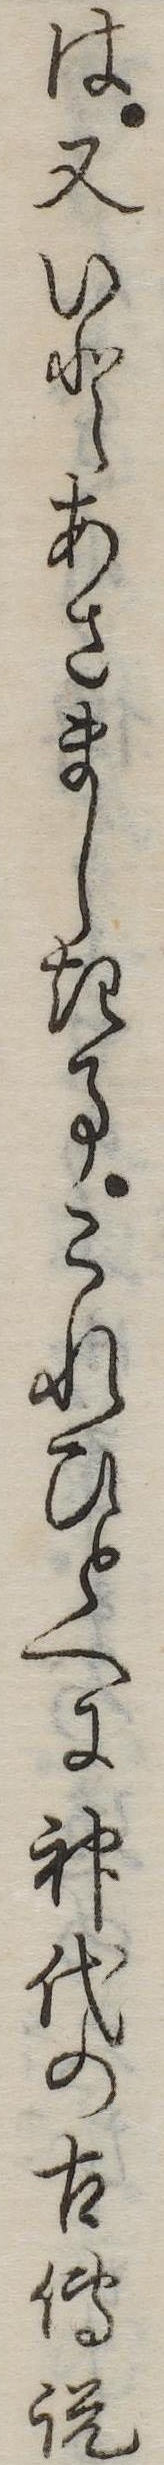
は又いとあさましき事これひとへに神代の古伝説